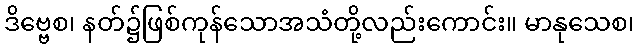
ဒိဗ္ဗေစ၊ နတ်၌ဖြစ်ကုန်သောအသံတို့လည်းကောင်း။ မာနုသေစ၊